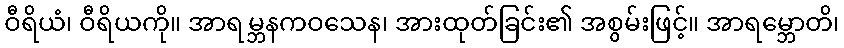
ဝီရိယံ၊ ဝီရိယကို။ အာရမ္ဘနကဝသေန၊ အားထုတ်ခြင်း၏ အစွမ်းဖြင့်။ အာရမ္ဘောတိ၊